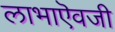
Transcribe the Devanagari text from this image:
लाभाऎवजी